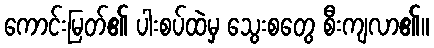
ကောင်းမြတ်၏ ပါးစပ်ထဲမှ သွေးစတွေ စီးကျလာ၏။